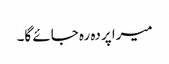
میرا پردہ رہ جائے گا۔